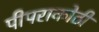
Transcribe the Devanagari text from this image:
पीपराकोठी